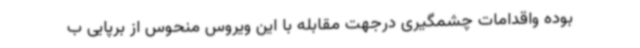
بوده واقدامات چشمگیری درجهت مقابله با این ویروس منحوس از برپایی ب